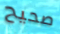
صحيح